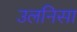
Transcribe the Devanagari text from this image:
उलनिसा